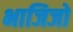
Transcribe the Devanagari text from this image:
भाजिजो